Vaccination in Bombay 1924-1928 - 1924-1928
Year: 1924
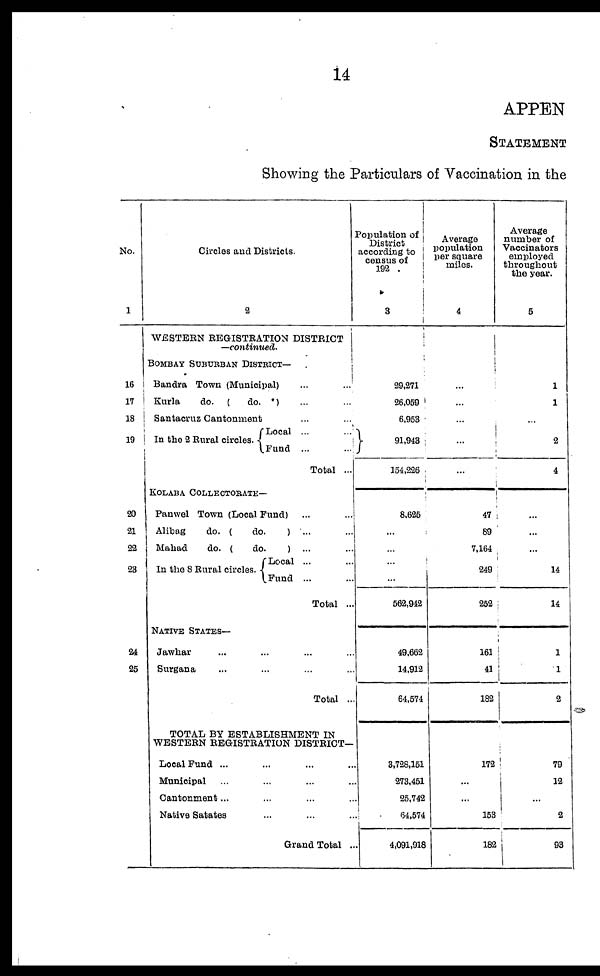
14
APPEN
STATEMENT
Showing the Particulars of Vaccination in the
No.
1
16
17
18
19
20
21
22
23
24
25
Circles and Districts.
2
WESTERN REGISTRATION DISTRICT
—continued.
BOMBAY SUBURBAN DISTRICT—
Bandra Town (Municipal) ... ...
Kurla
do. (
do.
) ... ...
Santacruz Cantonment ... ...
In the 2 Rural circles.
Local ... ...
Fund ...
...
Total ...
KOLABA COLLECTORATE—
Panwel Town (Local Fund) ... ...
Alibag
do. (
do.
) ... ...
Mahad
do. (
do.
) ... ...
In the 8 Rural circles.
Local ... ...
Fund ... ...
Total ...
NATIVE STATES—
Jawhar ... ... ... ...
Surgana ... ... ... ...
Total ...
TOTAL BY ESTABLISHMENT IN
WESTERN REGISTRATION DISTRICT—
Local Fund ... ... ... ...
Municipal ... ... ... ...
Cantonment... ... ... ...
Native Satates ... ... ... ...
Grand Total ...
Population of
District
according to
census of
192
3
29,271
26,059
6,953
91,943
154,226
8,625
...
...
...
...
562,942
49,662
14,912
64,574
3,728,151
273,451
25,742
64,574
4,091,918
Average
population
per square
miles.
4
...
...
...
...
...
47
89
7,164
249
252
161
41
182
172
...
...
153
182
Average
number of
Vaccinators
employed
throughout
the year.
5
1
1
...
2
4
...
...
...
14
14
1
1
2
79
12
...
2
93